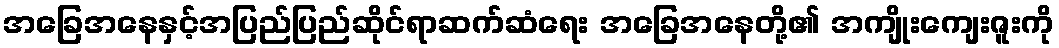
အခြေအနေနှင့်အပြည်ပြည်ဆိုင်ရာဆက်ဆံရေး အခြေအနေတို့၏ အကျိုးကျေးဇူးကို